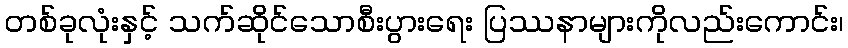
တစ်ခုလုံးနှင့် သက်ဆိုင်သောစီးပွားရေး ပြဿနာများကိုလည်းကောင်း၊